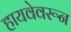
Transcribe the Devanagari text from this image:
हायवेवरून